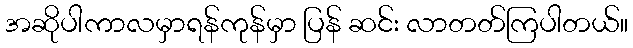
အဆိုပါကာလမှာရန်ကုန်မှာ ပြန် ဆင်း လာတတ်ကြပါတယ်။